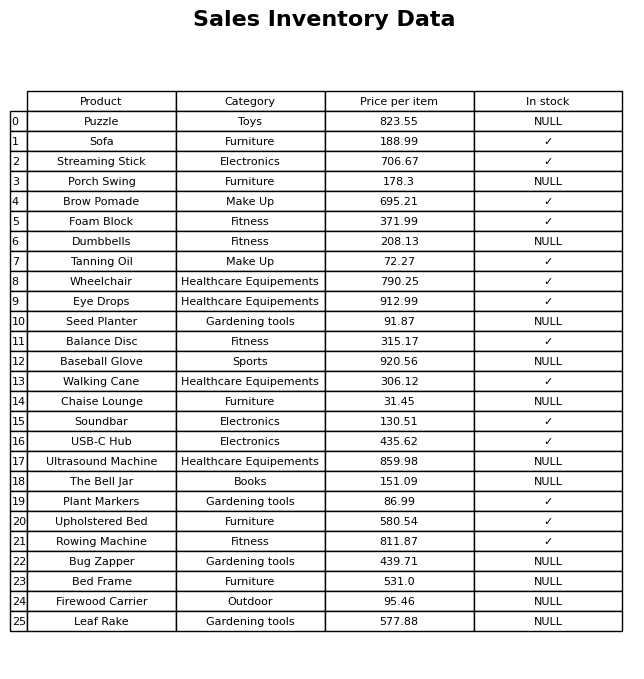
question: What is the stock status of the Sofa?
answer: ✓